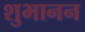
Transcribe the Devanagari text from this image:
शुभानन